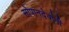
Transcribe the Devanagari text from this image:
सोपानदेवांनी